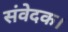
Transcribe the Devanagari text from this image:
संवेदक।